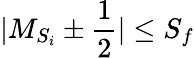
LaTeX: \vert{M}_{{S}_{i}}\pm\frac{1}{2}\vert\le{S}_{f}